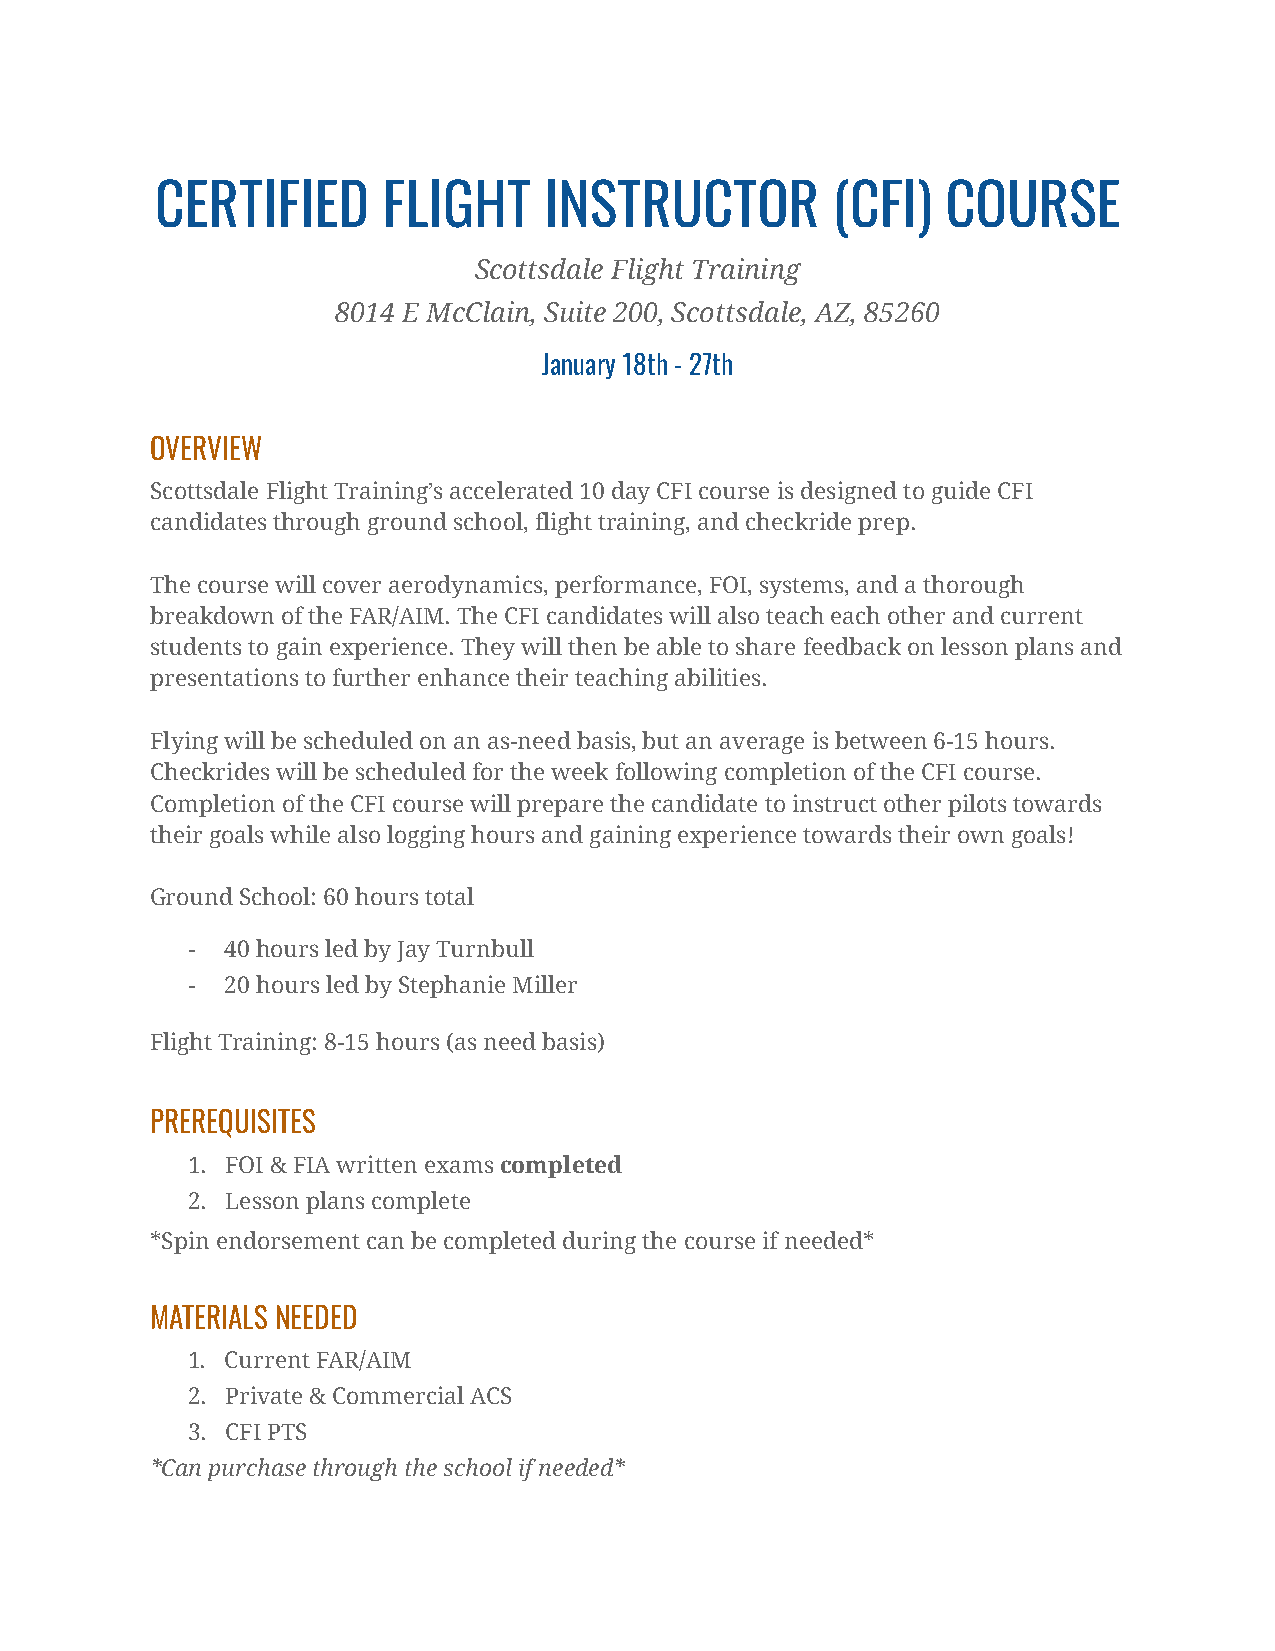
CERTIFIED      FLIGHT     INSTRUCTOR         (CFI)   COURSE
 Scottsdale Flight Training
 8014 E McClain, Suite 200, Scottsdale, AZ, 85260
 January 18th - 27th
 OVERVIEW
 Scottsdale Flight Training’s accelerated 10 day CFI course is designed to guide CFI
 candidates through ground school, flight training, and checkride prep.
 The course will cover aerodynamics, performance, FOI, systems, and a thorough
 breakdown of the FAR/AIM. The CFI candidates will also teach each other and current
 students to gain experience. They will then be able to share feedback on lesson plans and
 presentations to further enhance their teaching abilities.
 Flying will be scheduled on an as-need basis, but an average is between 6-15 hours.
 Checkrides will be scheduled for the week following completion of the CFI course.
 Completion of the CFI course will prepare the candidate to instruct other pilots towards
 their goals while also logging hours and gaining experience towards their own goals!
 Ground School: 60 hours total
 -  40 hours led by Jay Turnbull
 -  20 hours led by Stephanie Miller
 Flight Training: 8-15 hours (as need basis)
 PREREQUISITES
 1. FOI & FIA written examscompleted
 2. Lesson plans complete
 *Spin endorsement can be completed during the course if needed*
 MATERIALS NEEDED
 1. Current FAR/AIM
 2. Private & Commercial ACS
 3. CFI PTS
 *Can purchase through the school if needed*